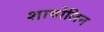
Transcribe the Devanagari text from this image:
शावोलिन